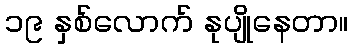
၁၉ နှစ်လောက် နုပျိုနေတာ။